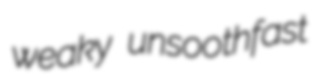
weaky unsoothfast